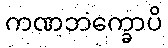
ကဏဘက္ခောပိ